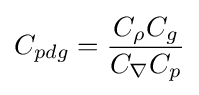
C_{pdg}={\frac {C_{\rho }C_{g}}{C_{\nabla }C_{p}}}